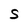
Character: S